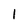
Character: I